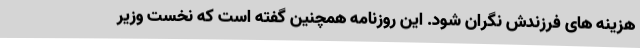
هزینه های فرزندش نگران شود. این روزنامه همچنین گفته است که نخست وزیر